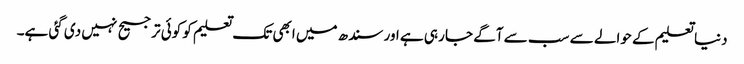
دنیا تعلیم کے حوالے سے سب سے آگے جا رہی ہے اور سندھ میں ابھی تک تعلیم کو کوئی ترجیح نہیں دی گئی ہے۔